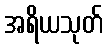
အရိယသုတ်